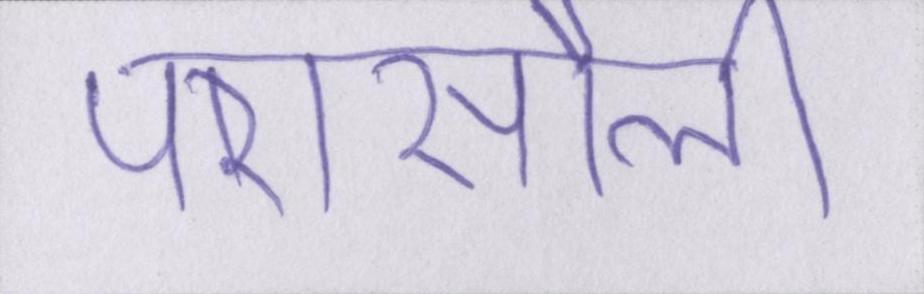
परासौली